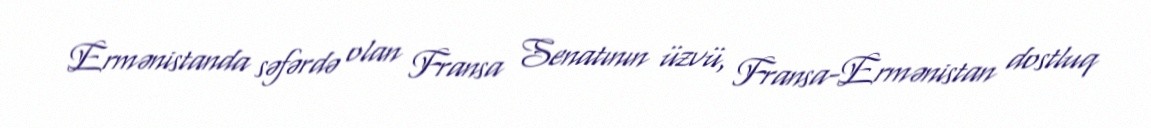
Ermənistanda səfərdə olan Fransa Senatının üzvü, Fransa-Ermənistan dostluq